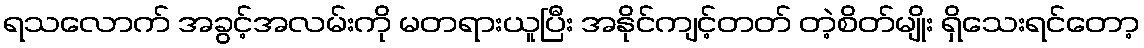
ရသလောက် အခွင့်အလမ်းကို မတရားယူပြီး အနိုင်ကျင့်တတ် တဲ့စိတ်မျိုး ရှိသေးရင်တော့